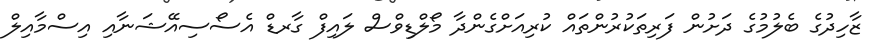
ޒާހިދުގެ ބެލުމުގެ ދަށުން ފަރިތަކުރުންތައް ކުރިއަށްގެންދާ މޯލްޑިވްސް ލައިފް ގާރޑް އެސޯސިއޭޝަނާއި އިސްމާއިލް